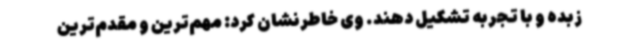
زبده و با تجربه تشکیل دهند. وی خاطرنشان کرد: مهم‌ترین و مقدم‌ترین